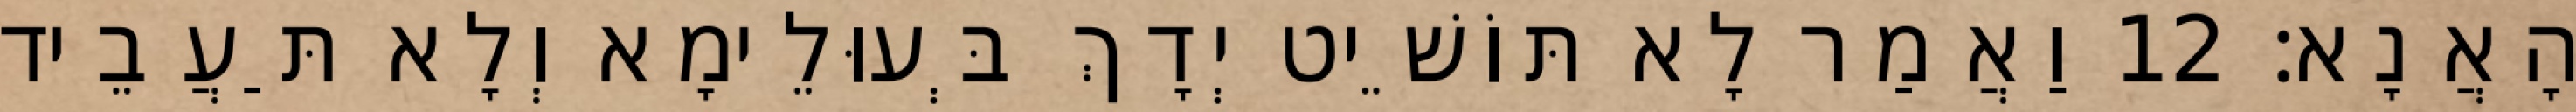
הָאֲנָא׃ 12 וַאֲמַר לָא תּוֹשֵׁיט יְדָךְ בְּעוּלֵימָא וְלָא תַּעֲבֵיד